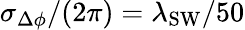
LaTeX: \sigma_{\Delta\phi}/(2\pi)=\lambda_{\mathrm{SW}}/50